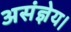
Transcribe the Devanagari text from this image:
असंज्ञेय।